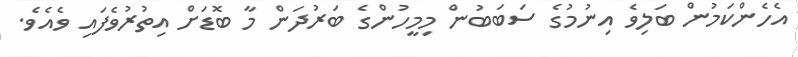
އެހެންކަމުން ބަލިވެ އިނުމުގެ ސަބަބުން މިމީހުންގެ ބަރުދަން މާ ބޮޑަށް އިތުރުވެފައި ވެއެވެ.